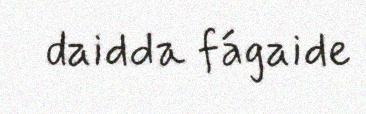
daidda fágaide